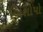
બિશોપો